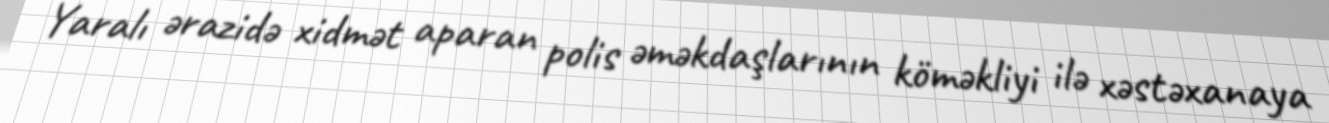
Yaralı ərazidə xidmət aparan polis əməkdaşlarının köməkliyi ilə xəstəxanaya